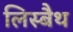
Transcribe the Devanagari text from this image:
लिस्बैथ